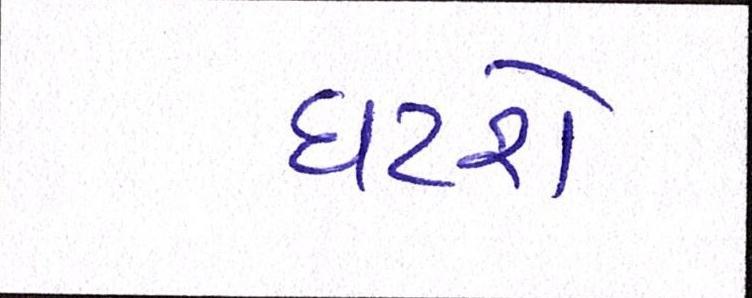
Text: ઘટશે